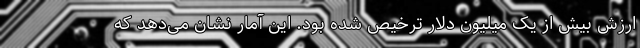
ارزش بیش از یک میلیون دلار ترخیص شده بود. این آمار نشان می‌دهد که